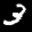
Label: 3